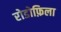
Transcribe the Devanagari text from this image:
रोडोफ़िला